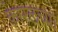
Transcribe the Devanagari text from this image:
काेरलच्या